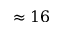
\approx 1 6